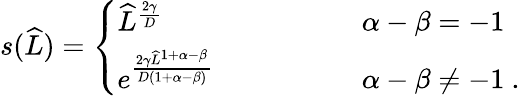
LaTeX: \begin{array}{r}{s(\widehat{L})=\left\{ \begin{array}{ll}{\widehat{L}^{\frac{2\gamma}{D}}\qquad\qquad}&{\ \alpha-\beta=-1}\\ {e^{\frac{2\gamma\widehat{L}^{1+\alpha-\beta}}{D(1+\alpha-\beta)}}\qquad\qquad}&{\ \alpha-\beta\neq-1\ .}\end{array}\right.}\end{array}